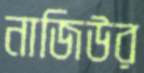
নাজিউর